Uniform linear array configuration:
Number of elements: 16
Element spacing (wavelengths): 0.5
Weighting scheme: binomial
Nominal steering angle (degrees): -30
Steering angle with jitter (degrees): -30.97
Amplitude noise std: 0.05
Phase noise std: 0.05

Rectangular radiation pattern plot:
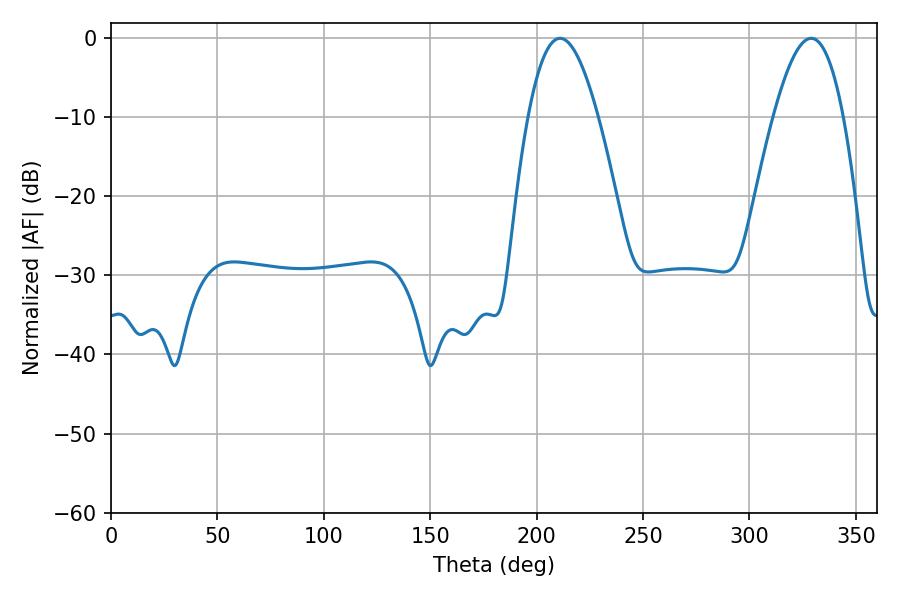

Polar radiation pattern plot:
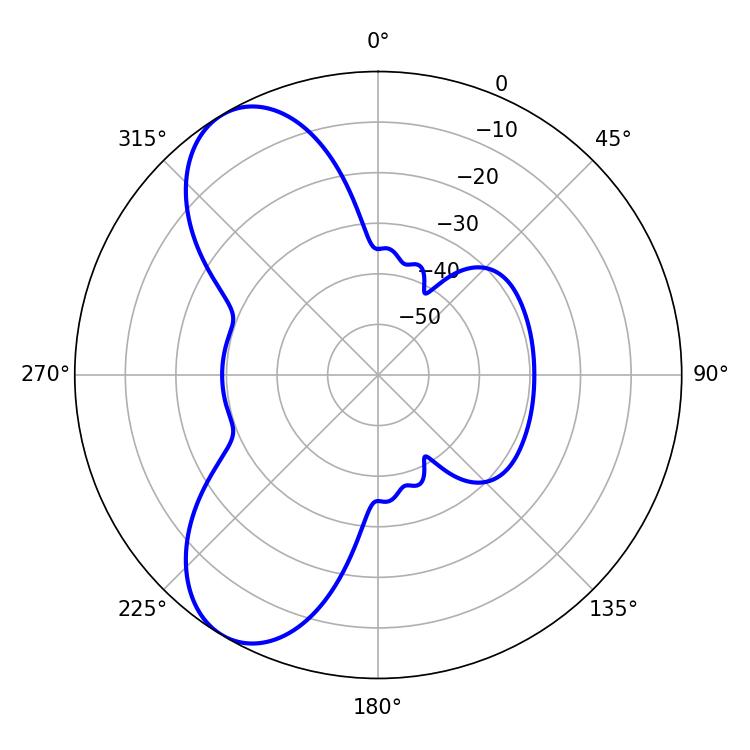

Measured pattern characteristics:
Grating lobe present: FALSE
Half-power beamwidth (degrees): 17.82
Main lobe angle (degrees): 210.96